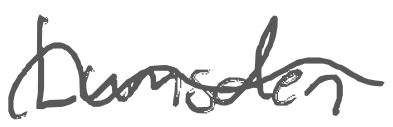
Text: Lumsden
Cross-out: wave
Writing tool: digital_gray